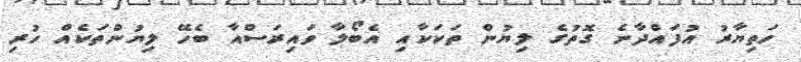
ހަތިޔާރު އުފައްދާނެ ގޮތުގެ ލިޔުން ތަކަކާއި އެބޯލާ ވައިރަސްއާ ބެހޭ ލިޔުންތަކެއް ހުރި